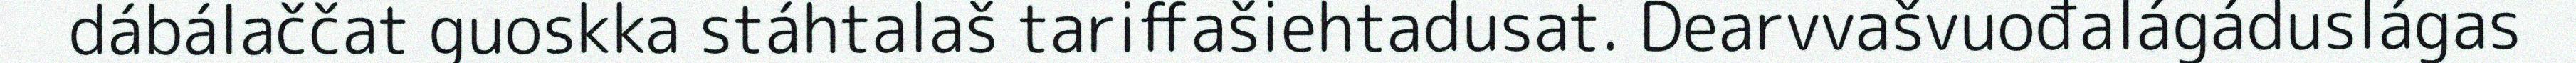
dábálaččat guoskka stáhtalaš tariffašiehtadusat. Dearvvašvuođalágáduslágas